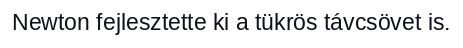
Newton fejlesztette ki a tükrös távcsövet is.